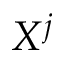
X ^ { j }